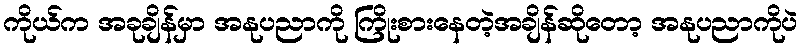
ကိုယ်က အခုချိန်မှာ အနုပညာကို ကြိုးစားနေတဲ့အချိန်ဆိုတော့ အနုပညာကိုပဲ